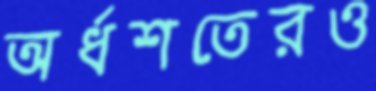
অর্ধশতেরও